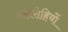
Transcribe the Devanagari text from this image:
पहारोहियों